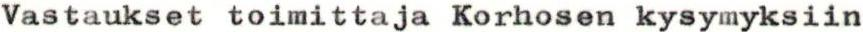
Vastaukset toimittaja Korhosen kysymyksiin